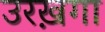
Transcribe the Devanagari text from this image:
उरख़गा